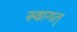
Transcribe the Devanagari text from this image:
स्वागत्